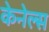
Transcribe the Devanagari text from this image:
केनेल्स